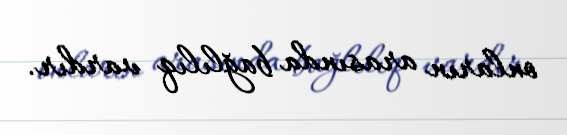
onların arasında bağlılıq vardır.